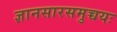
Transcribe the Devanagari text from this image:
ज्ञानसारसमुच्चयः